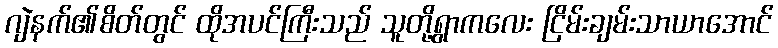
ဂျဲနက်၏စိတ်တွင် ထိုအပင်ကြီးသည် သူတို့ရွာကလေး ငြိမ်းချမ်းသာယာအောင်